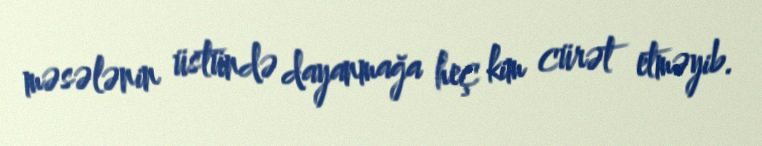
məsələnin üstündə dayanmağa heç kim cürət etməyib.